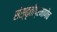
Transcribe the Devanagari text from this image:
संस्कृतीप्रमाणेच